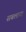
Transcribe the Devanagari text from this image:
सबलाना